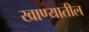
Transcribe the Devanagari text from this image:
खाण्यातील